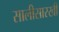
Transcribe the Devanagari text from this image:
सालीसारखी